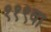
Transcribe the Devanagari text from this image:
११९वा